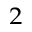
_ 2